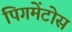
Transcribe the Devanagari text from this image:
पिगमेंटोस